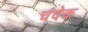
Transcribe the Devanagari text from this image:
चंदेक